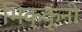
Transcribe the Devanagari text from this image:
भिक्कूंनी